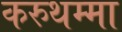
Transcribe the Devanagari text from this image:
करुथम्मा